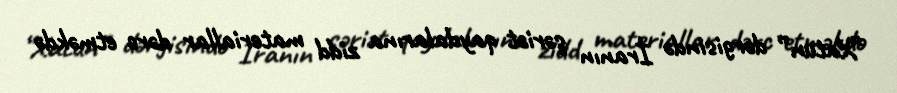
“Xatun” dərgisində İranın şəriət qaydalarına zidd materiallar dərc etməkdə